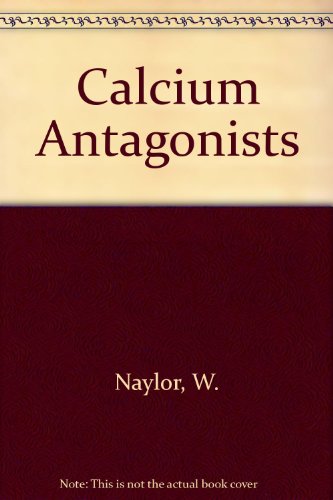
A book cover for Calcium Antagonists; Winifred Nayler; Medical Books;